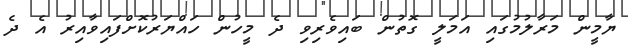
ޔާމީން މަރާލުމުގައި އަމަލީ ގޮތުން ބައިވެރިވި ދެ މީހުން ހައްޔަރުކޮށްފައިވާއިރު އެ ދެ